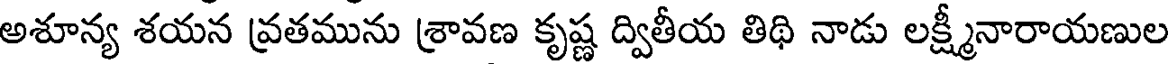
అశూన్య శయన వ్రతమును శ్రావణ కృష్ణ ద్వితీయ తిథి నాడు లక్ష్మీనారాయణుల